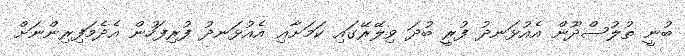
ބުނީ ތުލުސްދޫން އެއުޅަނދު ފުރީ ބުދަ ވިލޭރޭގައި ކަމަށާޢި އެއުޅަނދު ފުރިފަހުން އެދެމަފިރިންނަށް